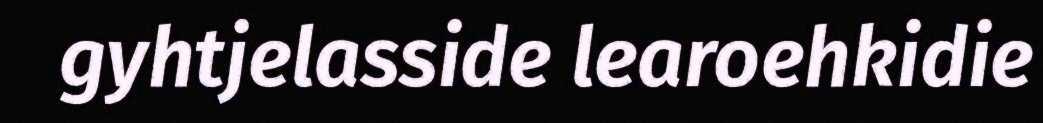
gyhtjelasside learoehkidie